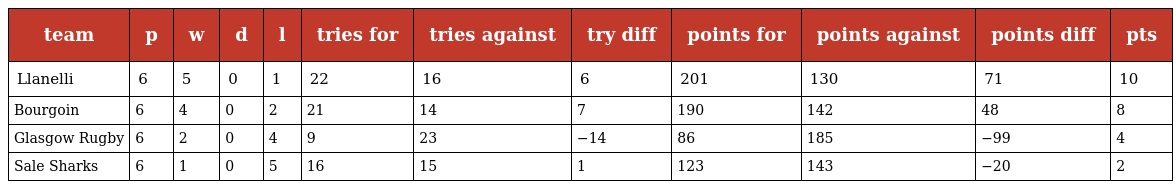
| team | p | w | d | l | tries for | tries against | try diff | points for | points against | points diff | pts |
 | --- | --- | --- | --- | --- | --- | --- | --- | --- | --- | --- | --- |
 | Llanelli | 6 | 5 | 0 | 1 | 22 | 16 | 6 | 201 | 130 | 71 | 10 |
 | Bourgoin | 6 | 4 | 0 | 2 | 21 | 14 | 7 | 190 | 142 | 48 | 8 |
 | Glasgow Rugby | 6 | 2 | 0 | 4 | 9 | 23 | −14 | 86 | 185 | −99 | 4 |
 | Sale Sharks | 6 | 1 | 0 | 5 | 16 | 15 | 1 | 123 | 143 | −20 | 2 |